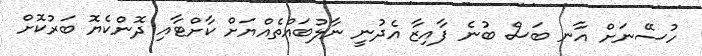
ހުސޭނަށް އާނ ބަސް ބުނެ ފާއިޒާ އެދުނީ ނާލުބައްތެއްޔަށް ކާށްޓާއި ދޮންކެޔޮ ބަރުކޮށް